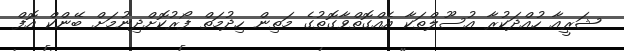
ޝަރީއާ ހުއްދަކުރާ އުސޫލްތަކާ އެއްގޮތްވާގޮތުގެ މަތިން ހިދުމަތް ފޯރުކޮށްދިނުމަށް ބޭންކް އޮފް